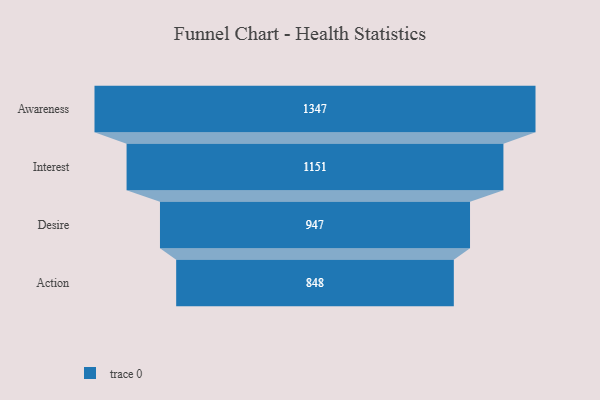
{"axis": {"x": "Stage", "y": "Value"}, "legend": [""], "data": [{"x": "Awareness", "y": 1347.0, "type": ""}, {"x": "Interest", "y": 1151.0, "type": ""}, {"x": "Desire", "y": 947.0, "type": ""}, {"x": "Action", "y": 848.0, "type": ""}]}